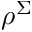
\rho ^ { \Sigma }